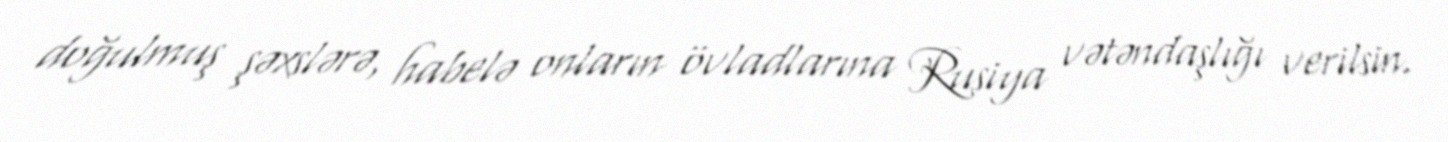
doğulmuş şəxslərə, habelə onların övladlarına Rusiya vətəndaşlığı verilsin.